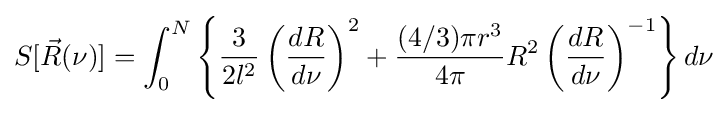
S[{\vec {R}}(\nu )]=\int _{0}^{N}\left\{{\frac {3}{2l^{2}}}\left({\frac {dR}{d\nu }}\right)^{2}+{\frac {(4/3)\pi r^{3}}{4\pi }}R^{2}\left({\frac {dR}{d\nu }}\right)^{-1}\right\}d\nu